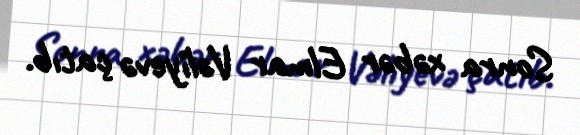
Sonra xəbər Elmar Vəliyevə çatıb.